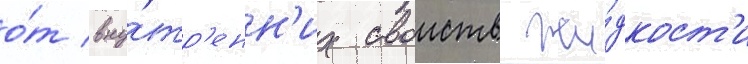
о́т вну́тр'енн'их своиств жи́дкост'и